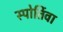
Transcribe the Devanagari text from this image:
स्पोर्तिवा